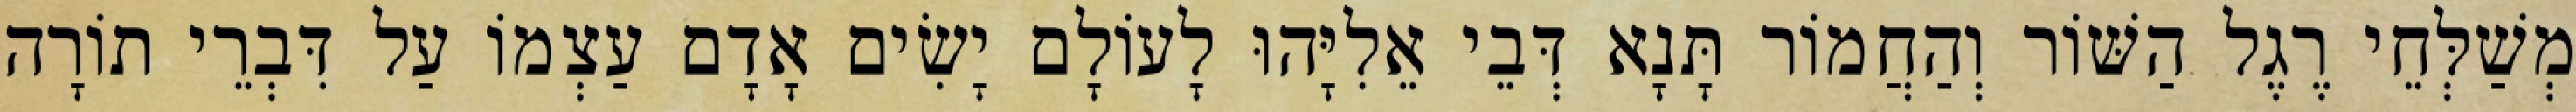
מְשַׁלְּחֵי רֶגֶל הַשּׁוֹר וְהַחֲמוֹר תָּנָא דְּבֵי אֵלִיָּהוּ לָעוֹלָם יָשִׂים אָדָם עַצְמוֹ עַל דִּבְרֵי תוֹרָה